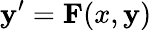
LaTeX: \mathbf{y}^{\prime}=\mathbf{F}(x,\mathbf{y})